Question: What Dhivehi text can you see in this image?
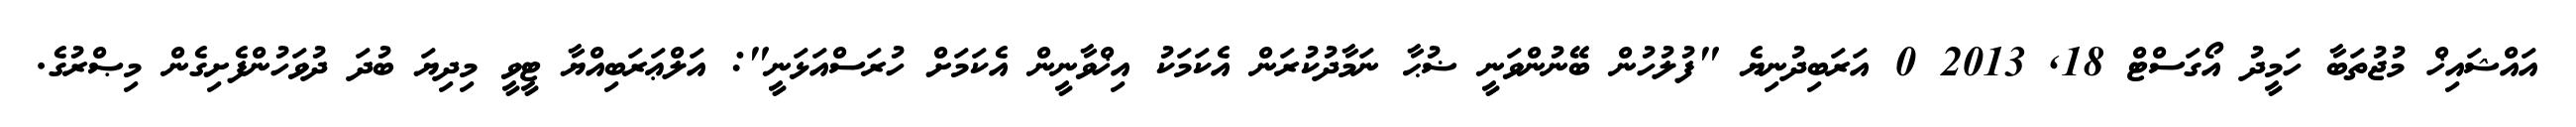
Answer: އައްޝައިޚް މުޖުތަބާ ހަމީދު އޯގަސްޓް 18, 2013 0 އަރަބިދުނިޔެ "ފުލުހުން ބޭނުންވަނީ ޟުޙާ ނަމާދުކުރަން އެކަމަކު އިޚްވާނީން އެކަމަށް ހުރަސްއަޅަނީ": އަލްޢަރަބިއްޔާ ޓީވީ މިދިޔަ ބުދަ ދުވަހުންފެށިގެން މިޞްރުގެ.